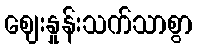
ဈေးနှုန်းသက်သာစွာ